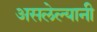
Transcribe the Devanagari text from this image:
असलेल्यानी